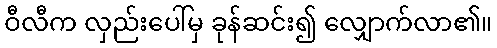
ဝီလီက လှည်းပေါ်မှ ခုန်ဆင်း၍ လျှောက်လာ၏။